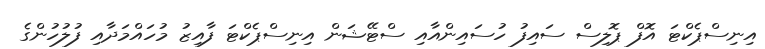
އިނިސްޕެކްޓަ އޮފް ޕޮލިސް ސައިފު ހުސައިންއާއި ސްޓޭޝަން އިނިސްޕެކްޓަ ފާއިޒު މުހައްމަދާއި ފުލުހުންގެ